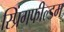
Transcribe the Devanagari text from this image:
स्प्रिंगफील्डम